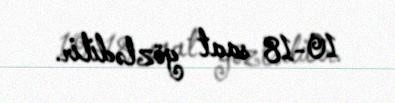
10-18 saat gözlədilir.